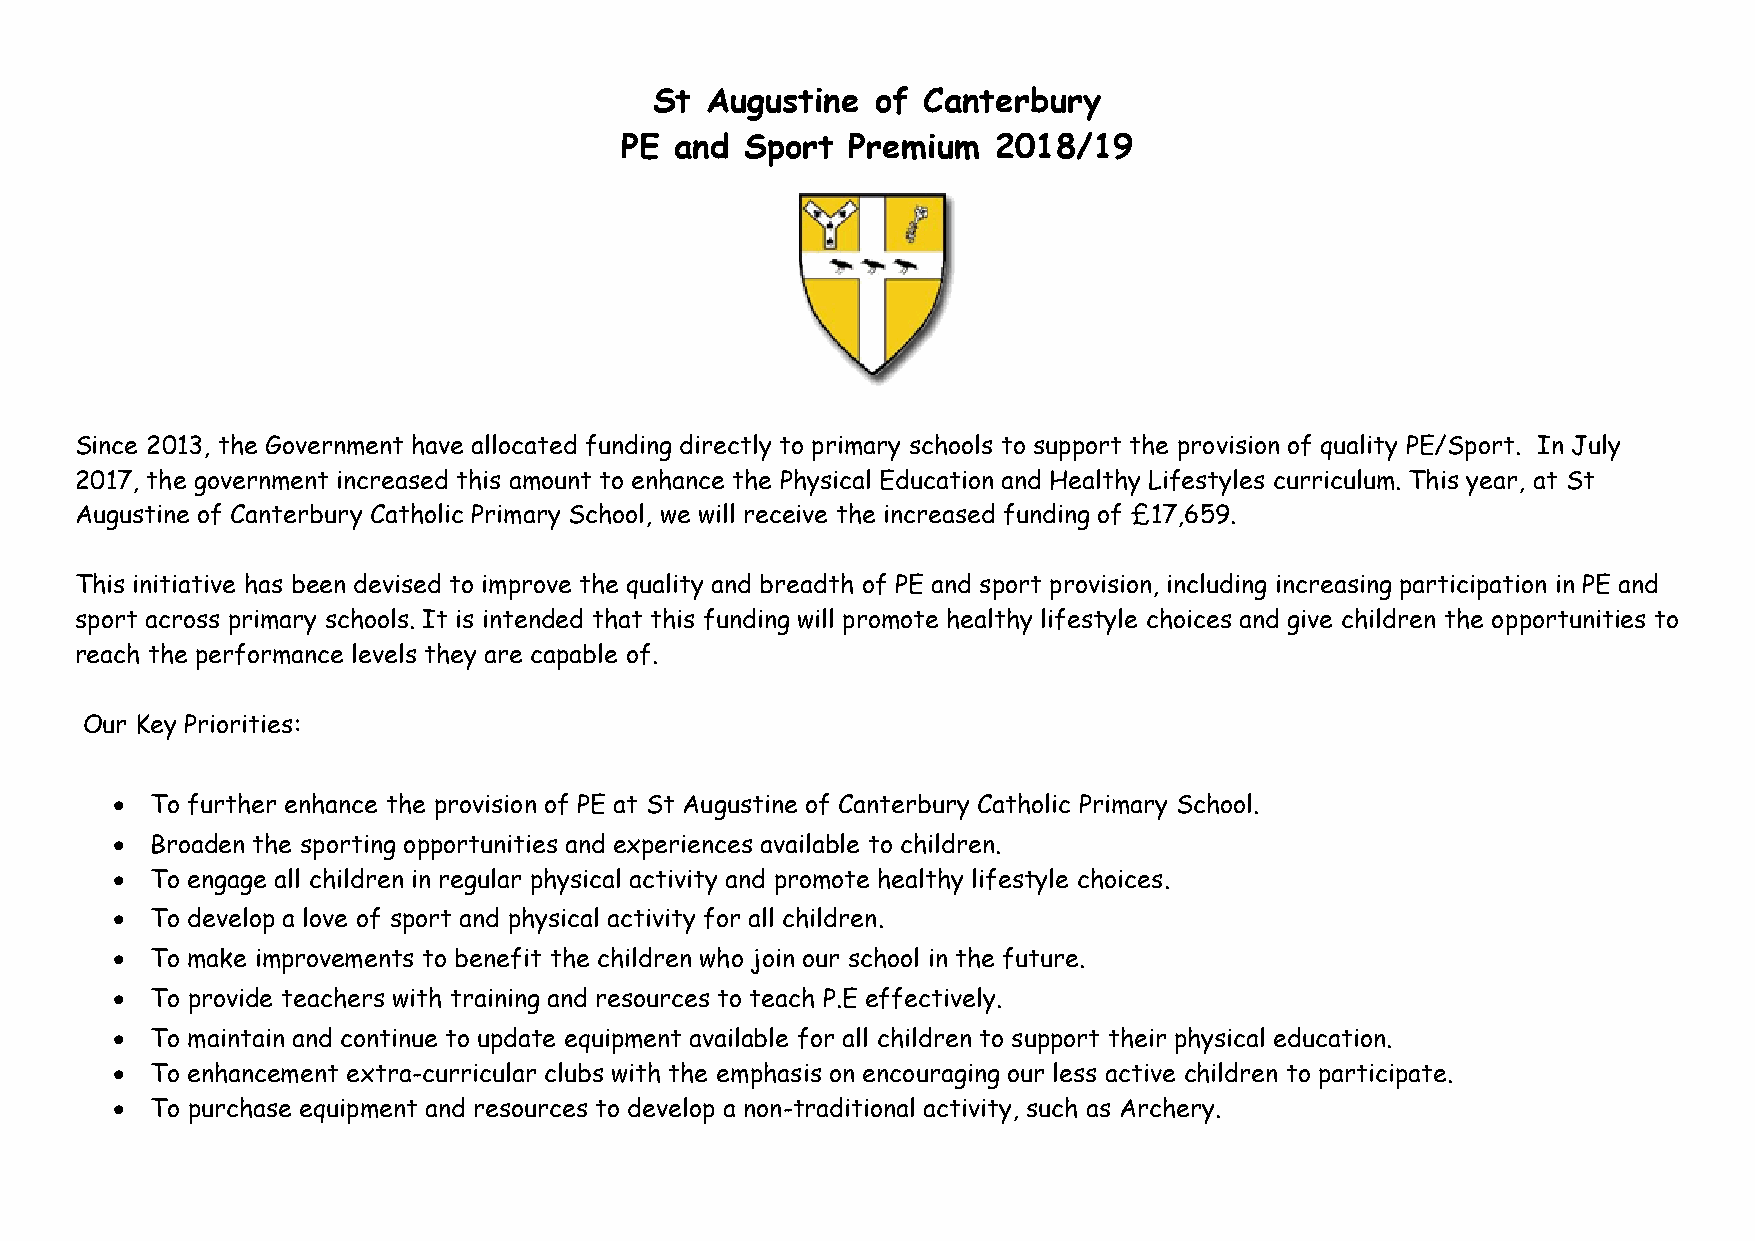
St  Augustine  of Canterbury
 PE  and Sport  Premium   2018/19
 Since 2013, the Government have allocated funding directly to primary schools to support the provision of quality PE/Sport. In July
 2017, the government increased this amount to enhance the Physical Education and Healthy Lifestyles curriculum. This year, at St
 Augustine of Canterbury Catholic Primary School, we will receive the increased funding of £17,659.
 This initiative has been devised to improve the quality and breadth of PE and sport provision, including increasing participation in PE and
 sport across primary schools. It is intended that this funding will promote healthy lifestyle choices and give children the opportunities to
 reach the performance levels they are capable of.
 Our Key Priorities:
   To further enhance the provision of PE at St Augustine of Canterbury Catholic Primary School.
   Broaden the sporting opportunities and experiences available to children.
   To engage all children in regular physical activity and promote healthy lifestyle choices.
   To develop a love of sport and physical activity for all children.
   To make improvements to benefit the children who join our school in the future.
   To provide teachers with training and resources to teach P.E effectively.
   To maintain and continue to update equipment available for all children to support their physical education.
   To enhancement extra-curricular clubs with the emphasis on encouraging our less active children to participate.
   To purchase equipment and resources to develop a non-traditional activity, such as Archery.